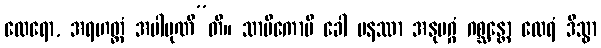
ထေရော, အရဟတ္တံ အပါပုဏီ”တိ။ သာမိကောပိ ခေါ ပနဿာ အနုမဂ္ဂံ ဂစ္ဆန္တော ထေရံ ဒိသွာ